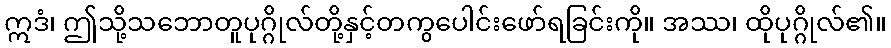
ဣဒံ၊ ဤသို့သဘောတူပုဂ္ဂိုလ်တို့နှင့်တကွပေါင်းဖော်ရခြင်းကို။ အဿ၊ ထိုပုဂ္ဂိုလ်၏။